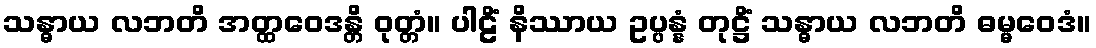
သန္ဓာယ လဘတိ အတ္ထဝေဒန္တိ ဝုတ္တံ။ ပါဠိံ နိဿာယ ဥပ္ပန္နံ တုဋ္ဌိံ သန္ဓာယ လဘတိ ဓမ္မဝေဒံ။